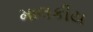
માલકીય